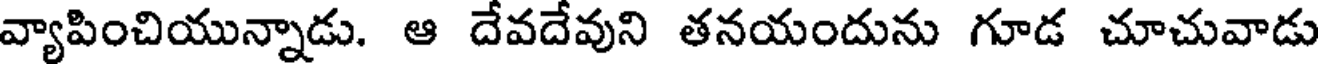
వ్యాపించియున్నాడు. ఆ దేవదేవుని తనయందును గూడ చూచువాడు